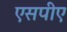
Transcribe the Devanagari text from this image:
एसपीए